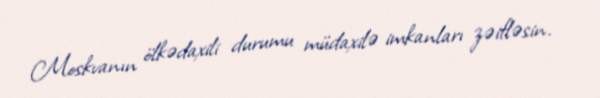
Moskvanın ölkədaxili durumu müdaxilə imkanları zəifləsin.